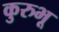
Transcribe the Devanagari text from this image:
कुरुभू